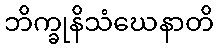
ဘိက္ခုနိသံဃေနာတိ